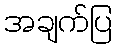
အချက်ပြ